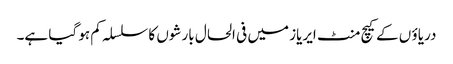
دریاؤ ں کے کیچ منٹ ایریاز میں فی الحال بارشوں کا سلسلہ کم ہو گیا ہے۔